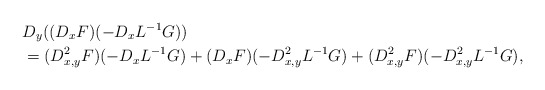
\begin{align*}& D_y((D_xF)(-D_xL^{-1}G))\\& =(D^2_{x,y}F)(-D_xL^{-1}G)+(D_xF)(-D^2_{x,y}L^{-1}G)+(D^2_{x,y}F)(-D^2_{x,y}L^{-1}G),\end{align*}